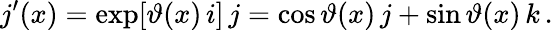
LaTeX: j^{\prime}(x)=\exp[\vartheta(x)\, i]\, j=\cos\vartheta(x)\, j+\sin\vartheta(x)\, k\, .